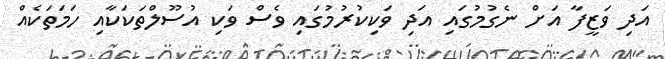
އަދި ވަޒީފާ އަށް ނެގުމުގައި އަދި ވަކިކުރުމުގައި ވެސް ވަކި އުސޫލްތަކަކާއި ހަމަތަކެއް